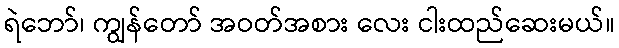
ရဲဘော်၊ ကျွန်တော် အဝတ်အစား လေး ငါးထည်ဆေးမယ်။